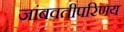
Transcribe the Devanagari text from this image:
जांबवतीपरिणय